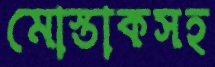
মোস্তাকসহ